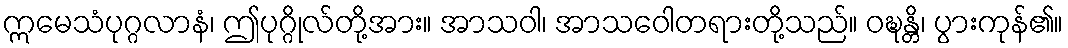
ဣမေသံပုဂ္ဂလာနံ၊ ဤပုဂ္ဂိုလ်တို့အား။ အာသဝါ၊ အာသဝေါတရားတို့သည်။ ဝဍ္ဎန္တိ၊ ပွားကုန်၏။